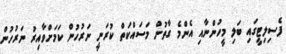
ފެސިލިޓީގައި ބަލި މީހުންނާއި އެންމެ ގާތުން މަސައްކަތް ކުރަނީ ނަރުހުން ކަމަށްވާއިރު ނަރުހުން